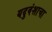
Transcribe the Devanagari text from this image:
यदुवंशाचा